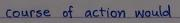
course of action would